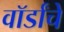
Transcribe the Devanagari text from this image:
वॉर्डांचे